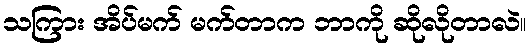
သကြား အိပ်မက် မက်တာက ဘာကို ဆိုလိုတာလဲ။